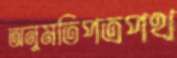
অনুমতিপত্রপথ